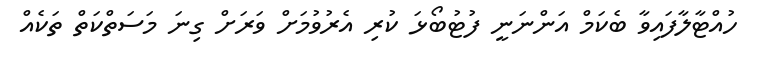
ހުއްޓާލާފައިވާ ބެކަމް އަންނަނީ ފުޓުބޯޅަ ކުރި އެރުވުމަށް ވަރަށް ގިނަ މަސަތްކަތް ތަކެއް